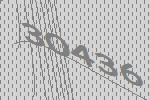
30436